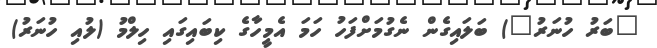
"ބަރު ހުނަރު") ބަލައިގެން ނެގުމަށްފަހު ހަމަ އެމީހާގެ ކިބައިގައި ހިލްމު (ލުއި ހުނަރު)